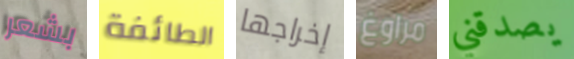
بشعر الطائفة إخراجها مراوغ يصدقني